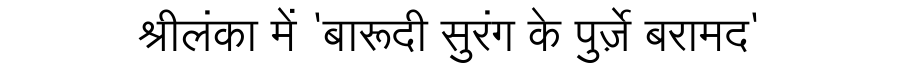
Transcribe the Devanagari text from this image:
श्रीलंका में 'बारूदी सुरंग के पुर्ज़े बरामद'